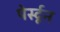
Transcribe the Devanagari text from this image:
पेर्स्दून